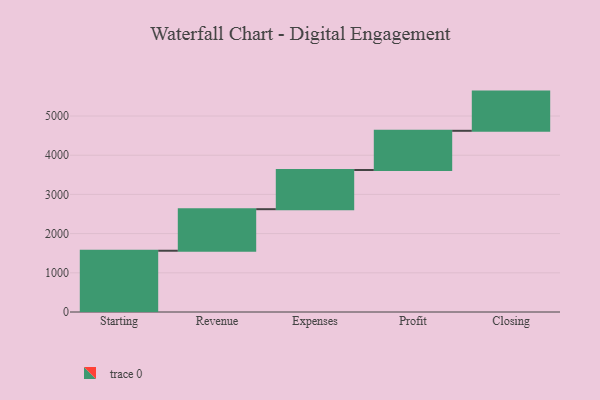
{"axis": {"x": "Step", "y": "Value"}, "legend": [""], "data": [{"x": "Starting", "y": 1563.0, "type": ""}, {"x": "Revenue", "y": 1060.0, "type": ""}, {"x": "Expenses", "y": 1000, "type": ""}, {"x": "Profit", "y": 1000, "type": ""}, {"x": "Closing", "y": 1000, "type": ""}]}